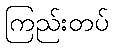
ကြည်းတပ်